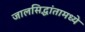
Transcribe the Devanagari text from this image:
जालसिद्धांतामध्ये